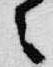
々